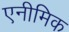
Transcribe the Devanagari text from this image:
एनीमिक